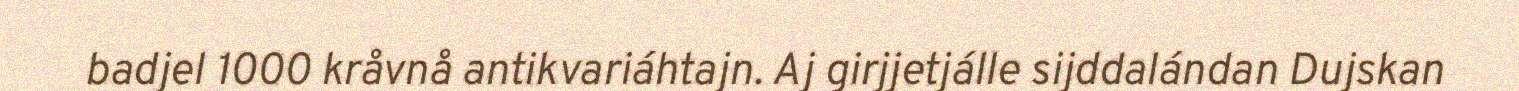
badjel 1000 kråvnå antikvariáhtajn. Aj girjjetjálle sijddalándan Dujskan